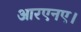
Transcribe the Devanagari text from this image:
आरएनए।